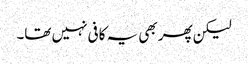
لیکن پھر بھی یہ کافی نہیں تھا۔